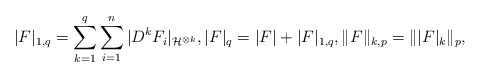
\begin{align*}|F|_{1,q}=\sum_{k=1}^q\sum_{i=1}^ n|D^ kF_i|_{\mathcal{H}^{\otimes k}},|F|_q=|F|+|F|_{1,q},\|F\|_{k,p}=\| |F|_k\|_p,\end{align*}